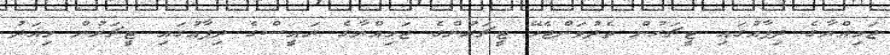
ޖަމިއްޔާގެ ދިފާއުގައި ޓީޗަރުން ތެދުވަންޖެހޭ ޓީޗަރުންގެ ޖަމިއްޔާގެ ރައީސްގެ ދިފާއުގައި ޓީޗަރުން މިއަދު